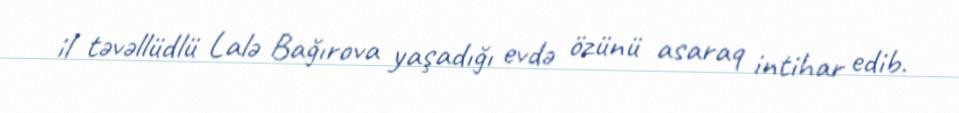
il təvəllüdlü Lalə Bağırova yaşadığı evdə özünü asaraq intihar edib.